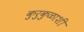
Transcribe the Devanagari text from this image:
कुरुकुळाशी